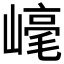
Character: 𱜋